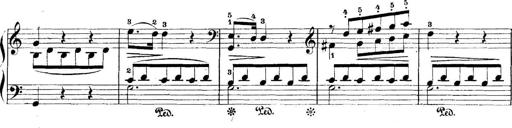
Title: 5 Sonatinas
Composer: Theodor Kirchner